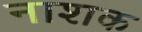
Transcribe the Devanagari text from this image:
नाश्‍ाक